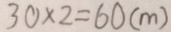
3 0 \times 2 = 6 0 ( m )